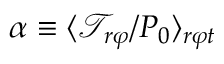
\alpha \equiv \langle \mathcal { T } _ { r \varphi } / P _ { 0 } \rangle _ { r \varphi t }